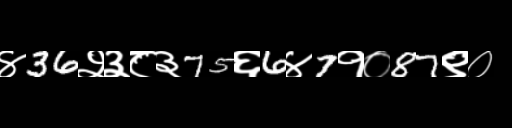
Text: ४36२३८३75६6४7१०87९०